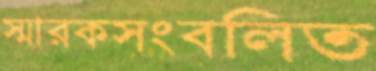
স্মারকসংবলিত